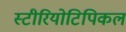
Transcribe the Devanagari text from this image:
स्टीरियोटिपिकल